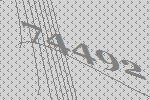
74492